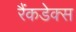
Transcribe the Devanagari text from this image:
रैंकडेक्स